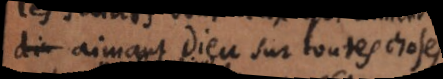
aimant Dieu sur toutes choses